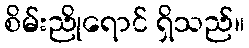
စိမ်းညိုရောင် ရှိသည်။